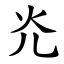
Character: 灮